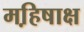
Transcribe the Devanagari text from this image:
महि़षाक्ष